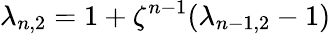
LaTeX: \lambda_{n,2}=1+\zeta^{n-1}(\lambda_{{n-1},2}-1)